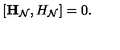
\left[ { \bf H } _ { \cal N } , H _ { \cal N } \right] = 0 .